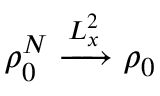
\rho _ { 0 } ^ { N } \xrightarrow [ ] { L _ { x } ^ { 2 } } \rho _ { 0 }